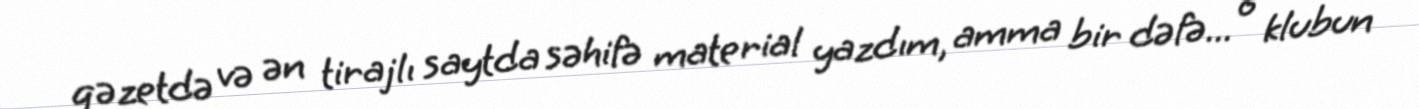
qəzetdə və ən tirajlı saytda səhifə material yazdım, amma bir dəfə... o klubun